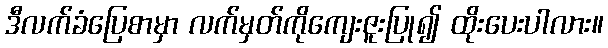
ဒီလက်ခံပြေစာမှာ လက်မှတ်ကိုကျေးဇူးပြု၍ ထိုးပေးပါလား။